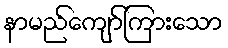
နာမည်ကျော်ကြားသော